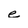
Character: e